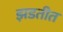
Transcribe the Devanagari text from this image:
झडतीत